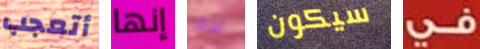
أتعجب إنها ابتكر سيكون في